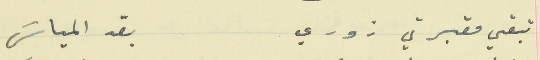
تبقي مقبرتي زوري                                             بقد المياسَ